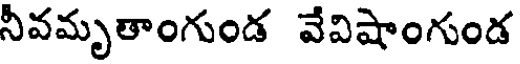
నీవమృతాంగుండ వేవిషాంగుండ